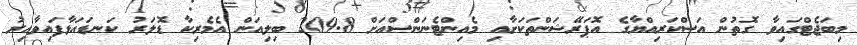
މިބަޖެޓްގައިވާ ގޮތުން އަސްކަރިއްޔާގެ އޮޕަރޭޝަންތަކަށާއި މެއިންޓެނަންސްއަށް 209.8 ބިލިއަން އެމެރިކާ ޑޮލަރު ކަނޑައަޅާފައިވާއިރު